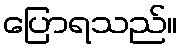
ပြောရသည်။